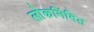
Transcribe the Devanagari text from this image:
लोकनिंदित